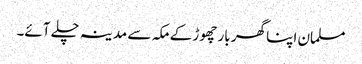
مسلمان اپنا گھر بار چھوڑ کے مکہ سے مدینہ چلے آئے۔